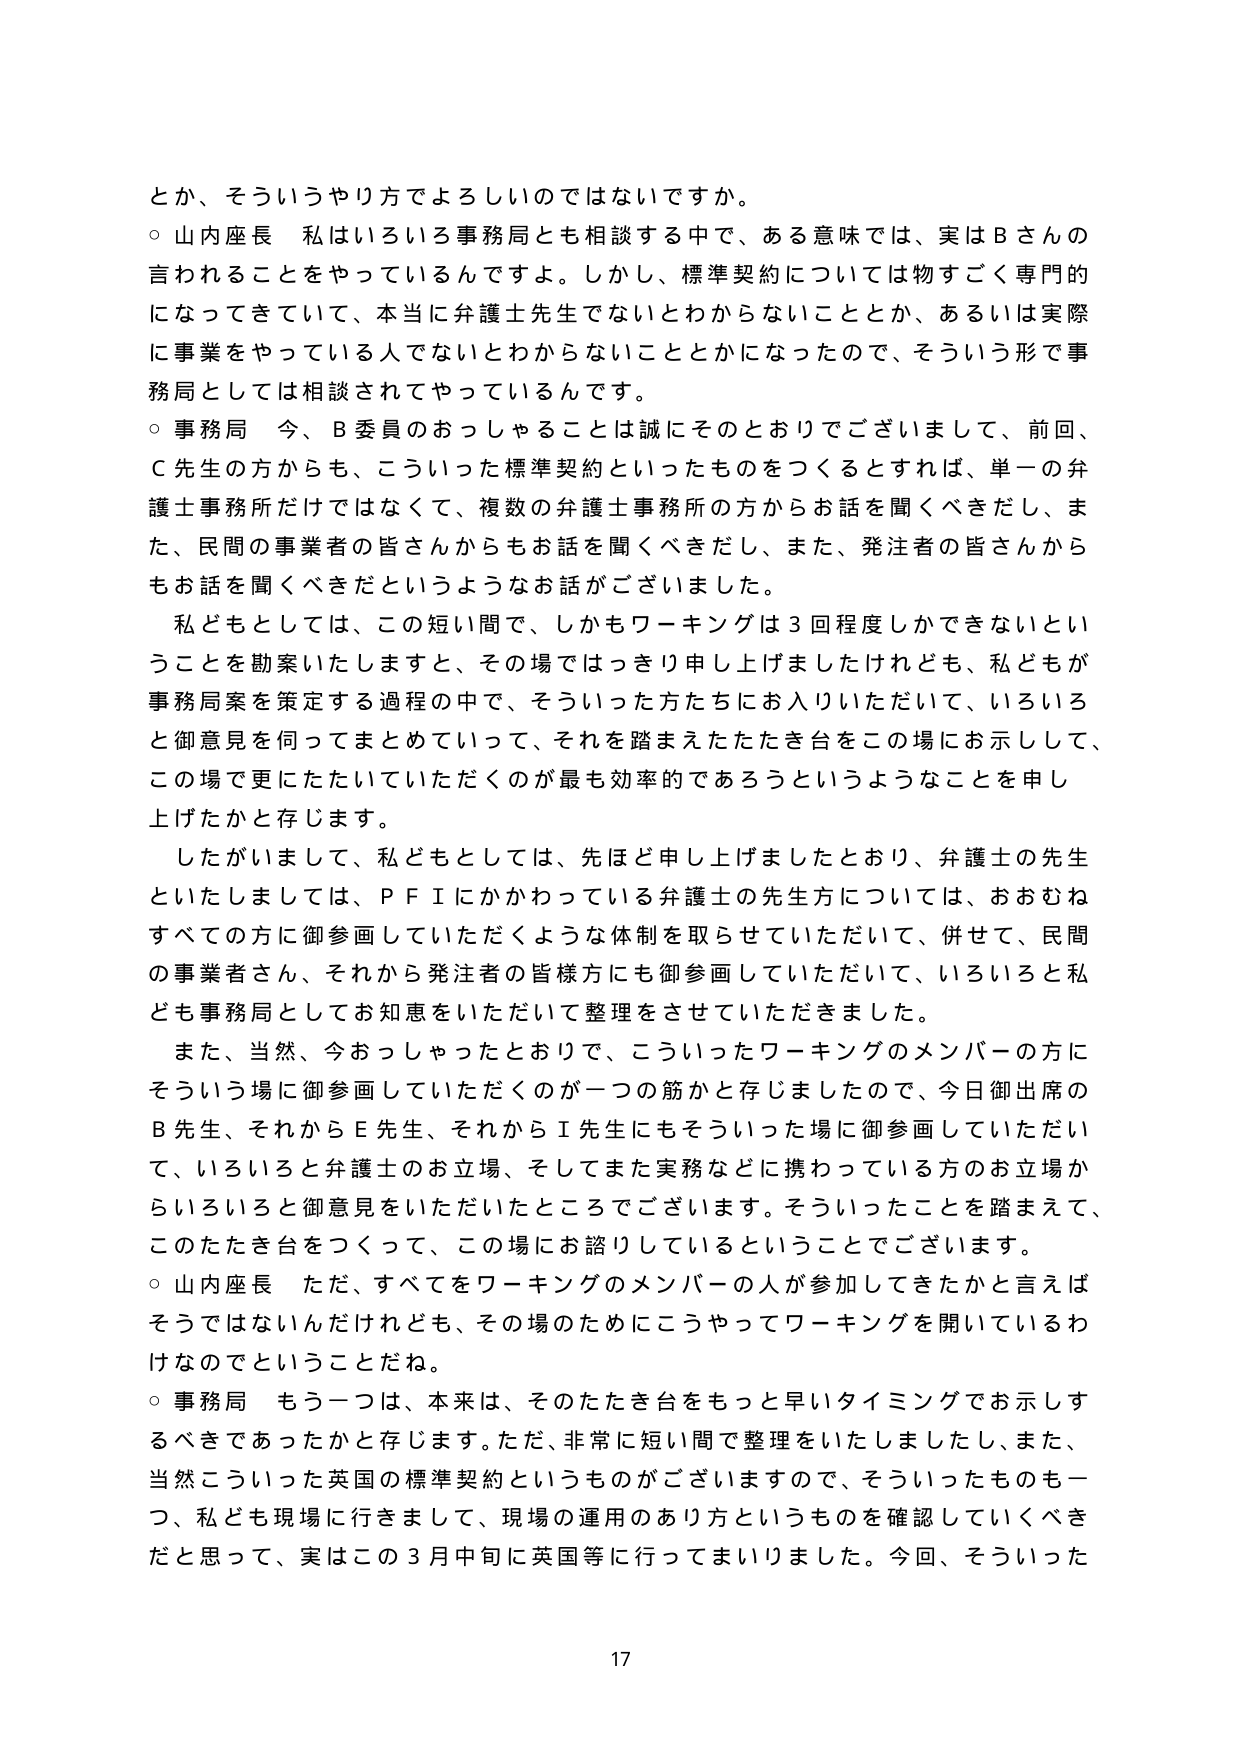
とか、そういうやり方でよろしいのではないでしょうか。
○ 山内座長　私はいろいろ事務局とも相談する中で、ある意味では、実はＢさんの言われることをやっているんですよ。しかし、標準契約については物すごく専門的になってきていて、本当に弁護士先生でないとわからないこととか、あるいは実際に事業をやっている人でないとわからないこととかになったので、そういう形で事務局としては相談されてやっているんです。
○ 事務局　今、Ｂ委員のおっしゃることは誠にそのとおりでございまして、前回、Ｃ先生の方からも、こういった標準契約といったものを作るとすれば、単一の弁護士事務所だけではなくて、複数の弁護士事務所の方からお話を聞くべきだし、また、民間の事業者の皆さんからもお話を聞くべきだし、また、発注者の皆さんからもお話を聞くべきだというようなお話がございました。
　私どもとしては、この短い間で、しかもワーキングは３回程度しかできないということを勘案いたしますと、その場ではっきり申し上げましたけれども、私どもが事務局案を策定する過程の中で、そういった方たちにお入りいただいて、いろいろと御意見を伺ってまとめていって、それを踏まえたたき台をこの場にお示しして、この場で更にたたいていただくのが最も効率的であろうというようなことを申し上げたかと存じます。
　したがいまして、私どもとしては、先ほど申し上げましたとおり、弁護士の先生といたしましては、ＰＦＩにかかわっている弁護士の先生方については、おおむねすべての方に御参画していただくような体制を取らせていただいて、併せて、民間の事業者さん、それから発注者の皆様方にも御参画していただいて、いろいろと私ども事務局としてお知恵をいただいて整理をさせていただきました。
　また、当然、今おっしゃったとおりで、こういったワーキングのメンバーの方にそういう場に御参画していただくのが一つの筋かと存じましたので、今日御出席のＢ先生、それからＥ先生、それからＩ先生にもそういった場に御参画していただいて、いろいろと弁護士のお立場、そしてまた実務などに携わっている方のお立場からいろいろと御意見をいただいたところでございます。そういったことを踏まえて、このたたき台をつくって、この場にお諮りしているということでございます。
○ 山内座長　ただ、すべてをワーキングのメンバーの人が参加してきてたかと言えばそうではないんだけれども、その場のためにこうやってワーキングを開いているわけなのでということだね。
○ 事務局　もう一つは、本来は、そのたたき台をもっと早いタイミングでお示しするべきであったかと存じます。ただ、非常に短い間で整理をいたしましたし、また、当然こういった英国の標準契約というものがございますので、そういったものも一つ、私ども現場に行きまして、現場の運用のあり方というものを確認していくべきだと思って、実はこの３月中旬に英国等に行ってまいりました。今回、そういった

17